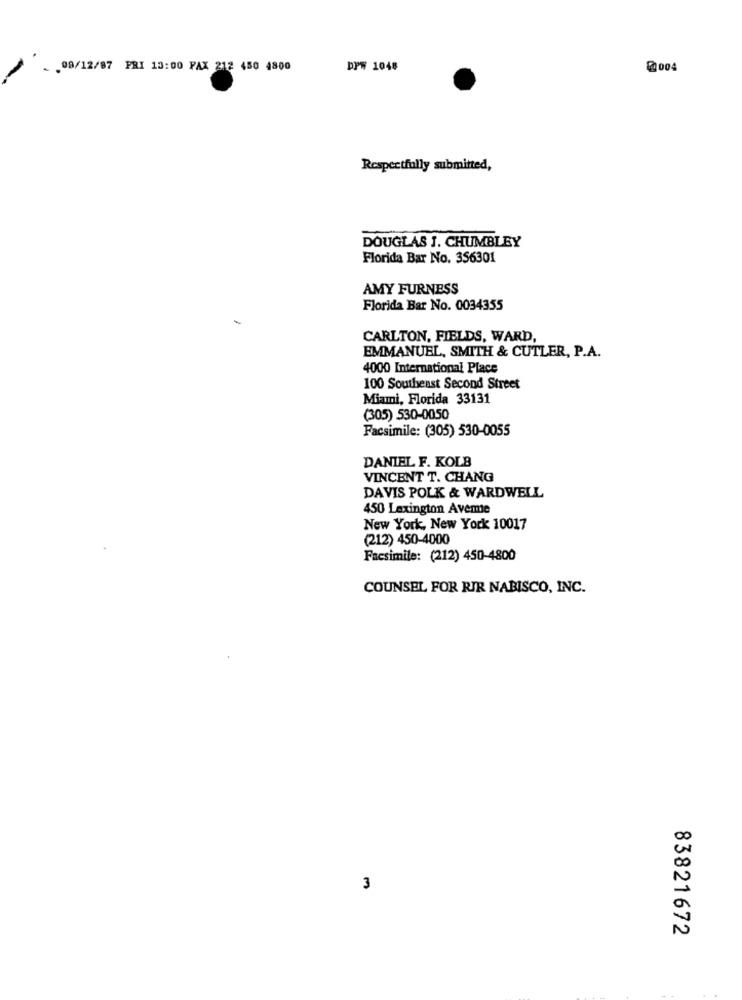
- . 09/12/87 PRI 13:00 FAX 212 450 4800
DPW 1048
@004
Respectfully submitted,
DOUGLAS J. CHUMBLEY
Florida Bar No. 356301
AMY FURNESS
Florida Bar No. 0034355
CARLTON, FIELDS, WARD,
EMMANUEL, SMITH & CUTLER, P.A.
4000 International Place
100 Southeast Second Street
Miami, Florida 33131
(305) 530-0050
Facsimile: (305) 530-0055
DANIEL F. KOLB
VINCENT T. CHANG
DAVIS POLK & WARDWELL
450 Lexington Avemie
New York, New York 10017
(212) 450-4000
Facsimile: (212) 450-4800
COUNSEL FOR RIR NABISCO, INC.
00
N
3
83821672